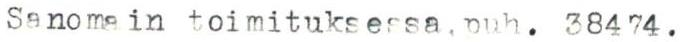
Sanomain toimituksessa, puh. 38474.